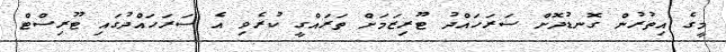
މީގެ އިތުރުން ގޮނޑުދޮށް ސަރަހައްދު ޓޫރިޒަމަށް ތަަރައްގީ ކުރެވި އެ ސަރަހައްދުގައި ޓޫރިސްޓް